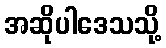
အဆိုပါဒေသသို့